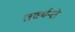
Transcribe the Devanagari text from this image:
तर्क्यन्ते